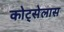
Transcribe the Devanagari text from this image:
कोट्सेलास